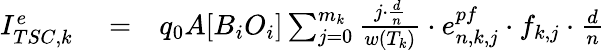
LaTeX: \begin{array}{rlr}{I_{TSC,k}^{e}}&{{}=}&{q_{0}A[B_{i}O_{i}]\sum_{j=0}^{m_{k}}{\frac{j\cdot{\frac{d}{n}}}{w(T_{k})}}\cdot e_{n,k,j}^{pf}\cdot f_{k,j}\cdot{\frac{d}{n}}}\end{array}